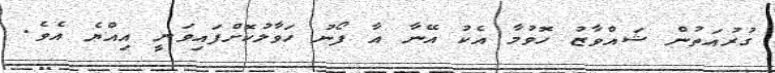
ގުރުއަތުން ޝައްވާޒު ހޮވުމާ އެކު އޭނާ އާ ފޯނު ހަވާލުކޮށްފައިވަނީ އިއްޔެ އެވެ.